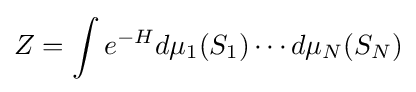
Z=\int e^{-H}d\mu _{1}(S_{1})\cdots d\mu _{N}(S_{N})